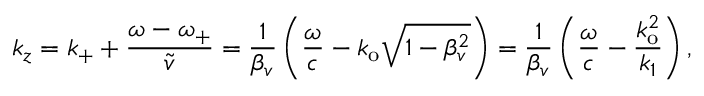
k _ { z } = k _ { + } + \frac { \omega - \omega _ { + } } { \widetilde { v } } = \frac { 1 } { \beta _ { v } } \left( \frac { \omega } { c } - k _ { \mathrm { o } } \sqrt { 1 - \beta _ { v } ^ { 2 } } \right) = \frac { 1 } { \beta _ { v } } \left( \frac { \omega } { c } - \frac { k _ { \mathrm { o } } ^ { 2 } } { k _ { 1 } } \right) ,